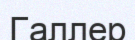
Галлер